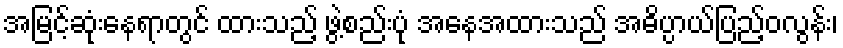
အမြင့်ဆုံးနေရာတွင် ထားသည့် ဖွဲ့စည်းပုံ အနေအထားသည် အဓိပ္ပာယ်ပြည့်ဝလွန်း၊